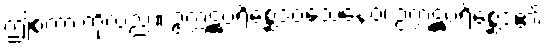
ဤစကားကိုလည်း။ ဥက္ကဋ္ဌပရိစ္ဆေဒဝသေနေဝ၊ ဥက္ကဋ္ဌပရိစ္ဆေဒ၏